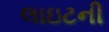
લાઇટની